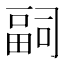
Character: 𭻢